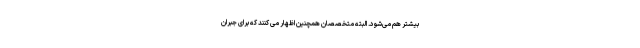
بیشتر هم می‌شود. البته متخصصان همچنین اظهار می کنند که برای جبران